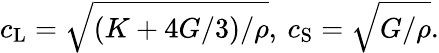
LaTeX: c_{\mathrm{L}}=\sqrt{(K+4G/3)/\rho},\: c_{\mathrm{S}}=\sqrt{G/\rho}.